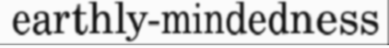
earthly-mindedness